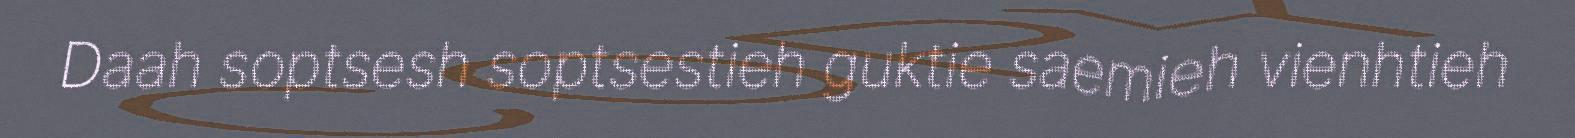
Daah soptsesh soptsestieh guktie saemieh vienhtieh